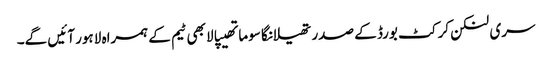
سری لنکن کرکٹ بورڈ کے صدر تھیلانگا سوماتھیپالا بھی ٹیم کے ہمراہ لاہور آئیں گے۔